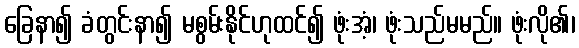
ခြေနာ၍ ခံတွင်းနာ၍ မစွမ်းနိုင်ဟုထင်၍ ဖုံးအံ့၊ ဖုံးသည်မမည်။ ဖုံးလို၏၊